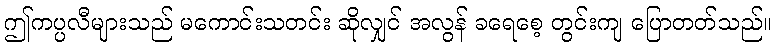
ဤကပ္ပလီများသည် မကောင်းသတင်း ဆိုလျှင် အလွန် ခရေစေ့ တွင်းကျ ပြောတတ်သည်။